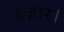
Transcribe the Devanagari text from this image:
हज़ार।